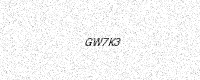
Text: GW7K3